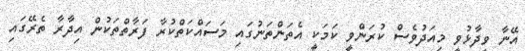
އޭނާ ވިދާޅުވީ މިއަދުވެސް ކުރަންވީ ކަމަކީ އެތަންތަނުގައި މަސައްކަތްކުރާ ފަރާތްތަކުން އިދާރާ ތެރޭގައި